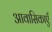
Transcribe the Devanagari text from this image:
आवासिकाएँ